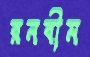
রনবীম